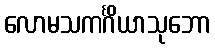
လောမသကင်္ဂိယာသုဘော